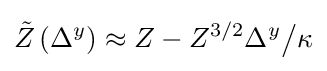
{\tilde {Z}}\left(\Delta ^{y}\right)\approx Z-Z^{3/2}\Delta ^{y}{\big /}\kappa